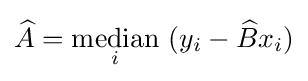
{\widehat {A}}={\underset {i}{\operatorname {median} }}\ (y_{i}-{\widehat {B}}x_{i})